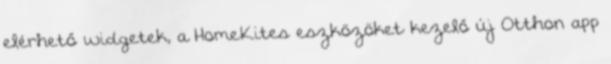
elérhető widgetek, a HomeKites eszközöket kezelő új Otthon app